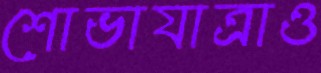
শোভাযাত্রাও